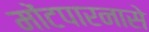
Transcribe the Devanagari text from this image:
मोंटपारनासे